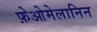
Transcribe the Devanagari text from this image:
फ़ेओमेलानिन